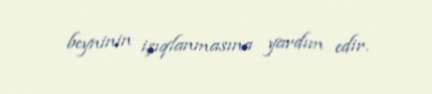
beyninin işıqlanmasına yardım edir.